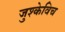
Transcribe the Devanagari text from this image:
जुश्केविच